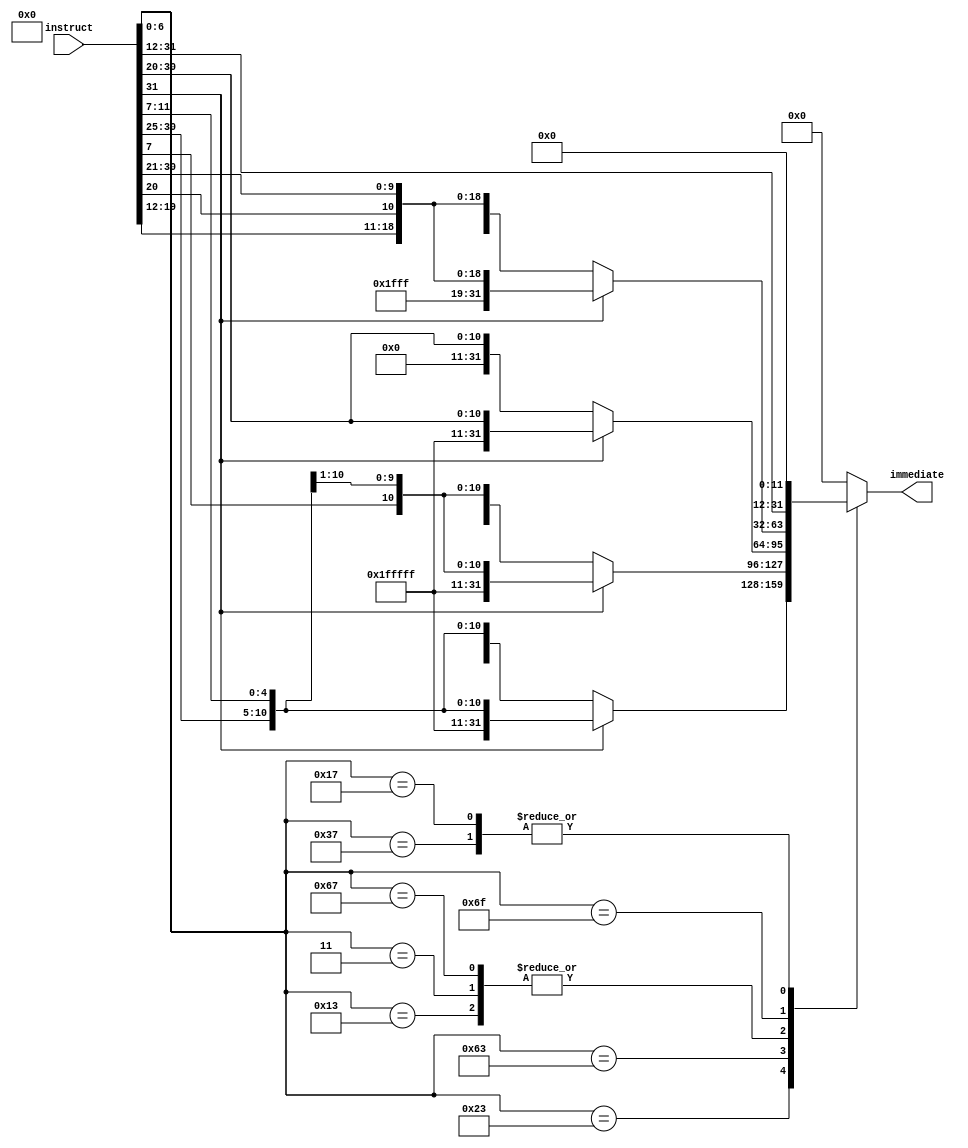
module Immediate_Gen #(parameter n = 32) 
	(input [n-1:0] instruct,
	 output reg [n-1:0] immediate);
	

	wire [6:0] op_code = instruct[6:0];
	wire [n-1:0] I_type_imm, S_type_imm, SB_type_imm, UJ_type_imm, I_type_LUI, I_type_AUIPC;

	
	
	always@(op_code, I_type_imm, S_type_imm, SB_type_imm, UJ_type_imm) begin
		
		case (op_code)
			7'b0010011: immediate = I_type_imm;		// load and imm arithmatic
			7'b0000011: immediate = I_type_imm;
			7'b0100011: immediate = S_type_imm;		// store
			7'b1100011: immediate = SB_type_imm;	// branch
			7'b1100111: immediate = I_type_imm;		// JALR
			7'b1101111: immediate = UJ_type_imm;	// JAL
			7'b0110111: immediate = I_type_LUI;	// LUI
			7'b0010111: immediate = I_type_AUIPC;	// AUIPC
			default: immediate = {n{1'b0}};	
		endcase	
	end
	
	assign I_type_imm = instruct[31]? {20'hfffff, instruct[31:20]} : {20'h00000, instruct[31:20]};
	assign S_type_imm = instruct[31]? {20'hfffff, instruct[31:25], instruct[11:7]} : {20'h00000, instruct[31:25], instruct[11:7]};
	assign SB_type_imm = instruct[31]? {20'hfffff, instruct[31], instruct[7], instruct[30:25], instruct[11:8]} : {20'h00000, instruct[31], instruct[7], instruct[30:25], instruct[11:8]};
	assign UJ_type_imm = instruct[31]? {20'hfff, instruct[31], instruct[19:12], instruct[20], instruct[30:21]} : {20'h000, instruct[31], instruct[19:12], instruct[20], instruct[30:21]};
    assign I_type_LUI = {instruct[31:12],12'h000};
    assign I_type_AUIPC = {instruct[31:12],12'h000};
endmodule